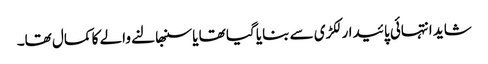
شاید انتہائی پائیدار لکڑی سے بنایا گیا تھا یا سنبھالنے والے کا کمال تھا۔